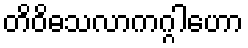
တိဝိဓသလာကဂ္ဂါဟော